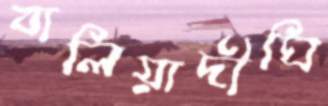
বালিয়াদীঘি